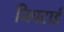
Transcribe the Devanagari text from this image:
निपटाई